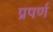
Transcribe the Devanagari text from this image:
प्रपर्ण